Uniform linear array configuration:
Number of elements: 16
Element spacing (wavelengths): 0.25
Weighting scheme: hamming
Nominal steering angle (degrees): -45
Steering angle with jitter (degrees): -44.819
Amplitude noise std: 0.05
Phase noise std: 0.05

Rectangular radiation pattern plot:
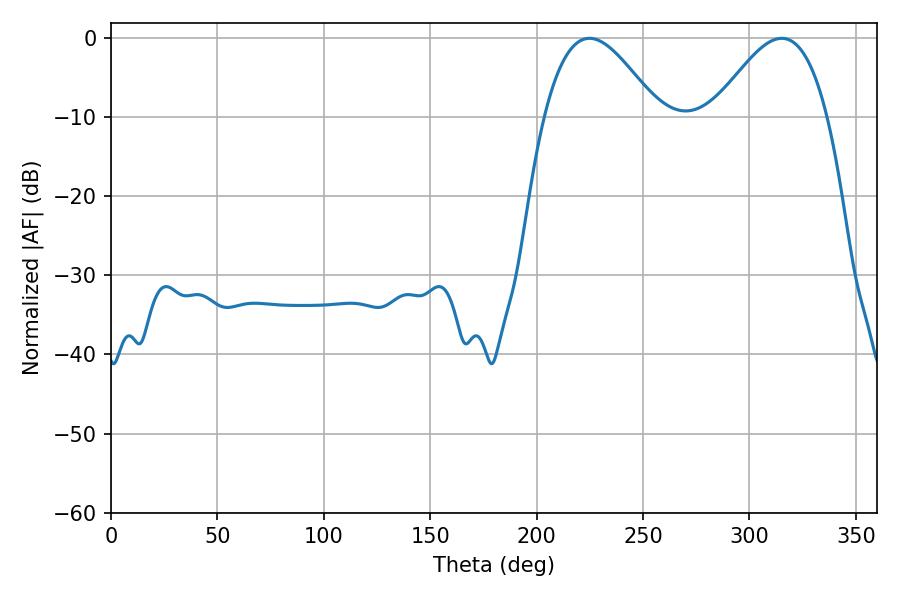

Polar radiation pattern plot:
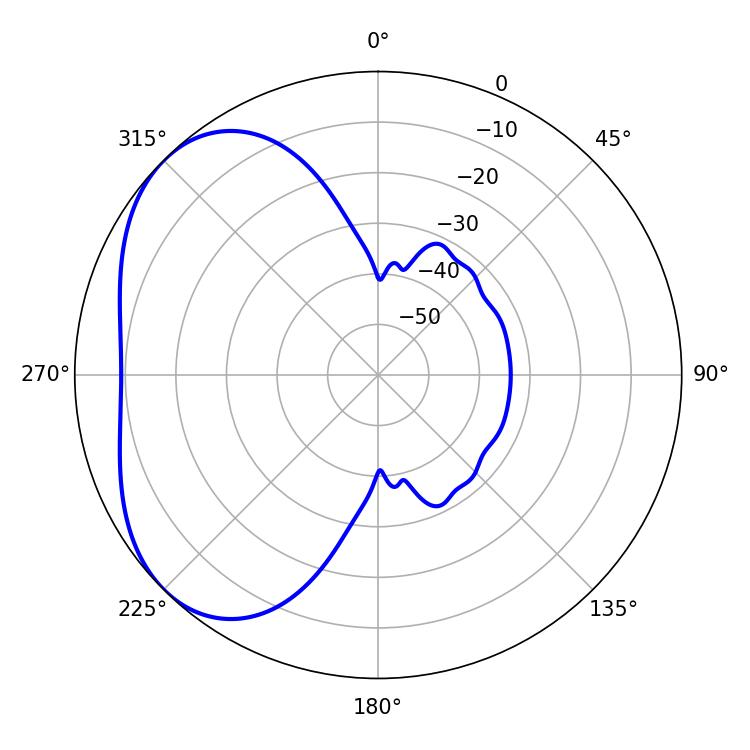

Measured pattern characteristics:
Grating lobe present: FALSE
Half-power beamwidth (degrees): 28.8
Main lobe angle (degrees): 224.82